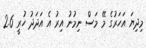
މިދިޔަ އަހަރުގެ މޭ މަސް ނިމުނު އިރު އެ އަދަދު ހުރީ 2.6